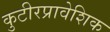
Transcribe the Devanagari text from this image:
कुटीरप्रावेशिक